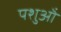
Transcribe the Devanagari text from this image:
पशुऒं